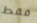
فقط